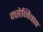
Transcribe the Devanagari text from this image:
क्सेनिक्स